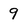
Character: 9